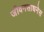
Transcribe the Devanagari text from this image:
जीवनसाधनेस